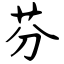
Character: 芬